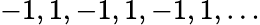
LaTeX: -1,1,-1,1,-1,1,\ldots